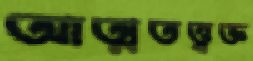
আত্মতত্ত্বজ্ঞ